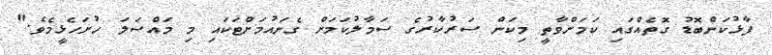
ފާޅުކަންބޮޑު ގޮތެއްގައި ކަމަށްވާތީ މިކަން ސަރުކާރުގެ ސަމާލުކަމަށް ގެނައުމަށްޓަކައި މި މައްސަލަ ހުށަހެޅީމެވެ."